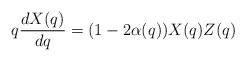
LaTeX: \begin{align*}q\dfrac{dX(q)}{dq} =(1-2\alpha(q))X(q)Z(q)\end{align*}